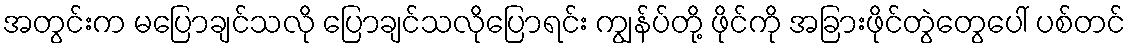
အတွင်းက မပြောချင်သလို ပြောချင်သလိုပြောရင်း ကျွန်ပ်တို့ ဖိုင်ကို အခြားဖိုင်တွဲတွေပေါ် ပစ်တင်